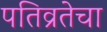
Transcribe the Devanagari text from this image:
पतिव्रतेचा